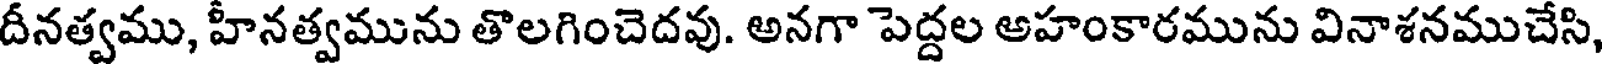
దీనత్వము, హీనత్వమును తొలగించెదవు. అనగా పెద్దల అహంకారమును వినాశనముచేసి,